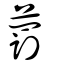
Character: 藅